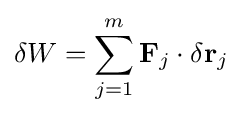
\delta W=\sum _{j=1}^{m}\mathbf {F} _{j}\cdot \delta \mathbf {r} _{j}